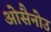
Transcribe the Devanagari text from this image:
ओसैनोउ